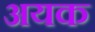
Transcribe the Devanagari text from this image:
अयक